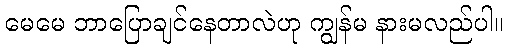
မေမေ ဘာပြောချင်နေတာလဲဟု ကျွန်မ နားမလည်ပါ။